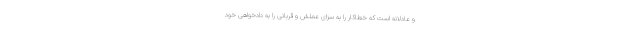
و عادلانه است که خطاکار را به سزای عملش و قربانی را به دادخواهی خود